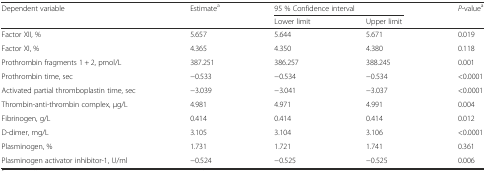
<table><thead><tr><td rowspan="2"><b>Dependent variable</b></td><td rowspan="2"><b>Estimate<sup>a</sup></b></td><td colspan="2"><b>95 % Confidence interval</b></td><td rowspan="2"><b><i>P</i>-value<sup>a</sup></b></td></tr><tr><td><b>Lower limit</b></td><td><b>Upper limit</b></td></tr></thead><tbody><tr><td>Factor XII, %</td><td>5.657</td><td>5.644</td><td>5.671</td><td>0.019</td></tr><tr><td>Factor XI, %</td><td>4.365</td><td>4.350</td><td>4.380</td><td>0.118</td></tr><tr><td>Prothrombin fragments 1 + 2, pmol/L</td><td>387.251</td><td>386.257</td><td>388.245</td><td>0.001</td></tr><tr><td>Prothrombin time, sec</td><td>−0.533</td><td>−0.534</td><td>−0.534</td><td>&lt;0.0001</td></tr><tr><td>Activated partial thromboplastin time, sec</td><td>−3.039</td><td>−3.041</td><td>−3.037</td><td>&lt;0.0001</td></tr><tr><td>Thrombin-anti-thrombin complex, μg/L</td><td>4.981</td><td>4.971</td><td>4.991</td><td>0.004</td></tr><tr><td>Fibrinogen, g/L</td><td>0.414</td><td>0.414</td><td>0.414</td><td>0.012</td></tr><tr><td>D-dimer, mg/L</td><td>3.105</td><td>3.104</td><td>3.106</td><td>&lt;0.0001</td></tr><tr><td>Plasminogen, %</td><td>1.731</td><td>1.721</td><td>1.741</td><td>0.361</td></tr><tr><td>Plasminogen activator inhibitor-1, U/ml</td><td>−0.524</td><td>−0.525</td><td>−0.525</td><td>0.006</td></tr></tbody></table>